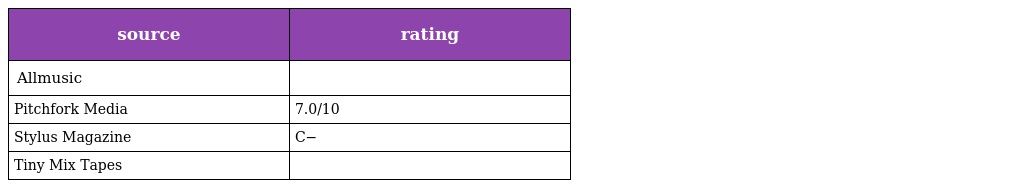
| source | rating |
 | --- | --- |
 | Allmusic |  |
 | Pitchfork Media | 7.0/10 |
 | Stylus Magazine | C− |
 | Tiny Mix Tapes |  |